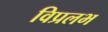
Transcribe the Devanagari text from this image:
विप्रलभ